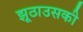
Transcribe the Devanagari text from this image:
झूठाउसकी